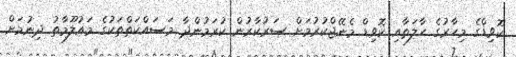
ކޮވިޑްގެ މިހާރުގެ ހާލަތާއި ކޮވިޑް މެނޭޖްކުރުމަށް ސަރުކާރުން ކުރަމުންދާ މަސައްކަތްތަކުގެ މައުލޫމާތު ދިނުމަށް